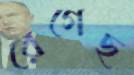
রেগেছ